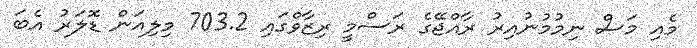
މެއި މަސް ނިމުމުނުއިރު ރާއްޖޭގެ ރަސްމީ ރިޒާވްގައި 703.2 މިލިއަން ޑޮލަރު އެބަ